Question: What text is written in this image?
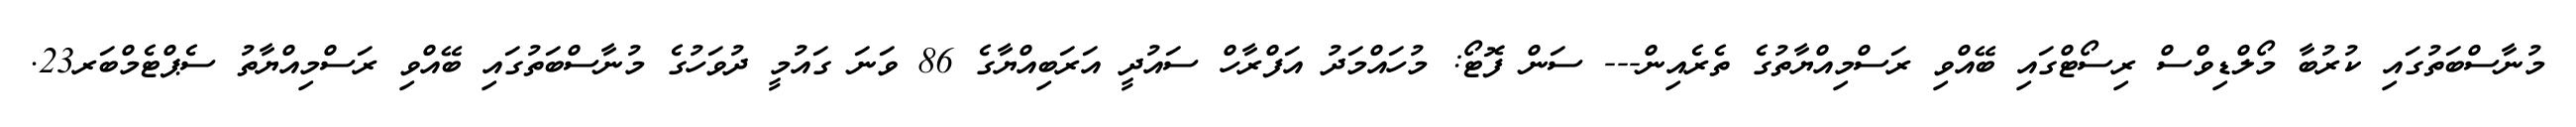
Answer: މުނާސްބަތުގައި ކުރުބާ މޯލްޑިވްސް ރިސޯޓްގައި ބޭއްވި ރަސްމިއްޔާތުގެ ތެރެއިން--- ސަން ފޮޓޯ: މުހައްމަދު އަފްރާހް ސައުދީ އަރަބިއްޔާގެ 86 ވަނަ ގައުމީ ދުވަހުގެ މުނާސްބަތުގައި ބޭއްވި ރަސްމިއްޔާތު ސެޕްޓެމްބަރ23.